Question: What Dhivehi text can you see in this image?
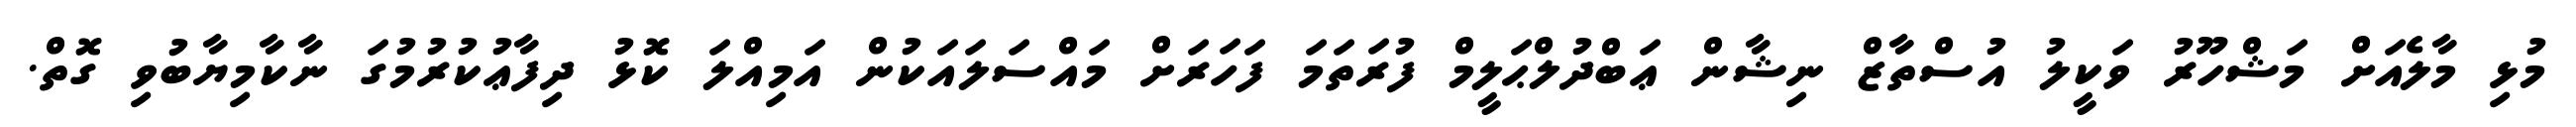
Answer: މުޅި މާލެއަށް މަޝްހޫރު ވަކީލު އުސްތާޒް ނިޝާން ޢަބްދުލްޙަލީމް ފުރަތަމަ ފަހަރަށް މައްސަލައަކުން އަމިއްލަ ކޮޅު ދިފާޢުކުރުމުގަ ނާކާމިޔާބުވި ގޮތް.